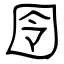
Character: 囹